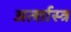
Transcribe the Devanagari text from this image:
अर्त्शास्त्र